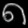
Digit: ၈